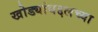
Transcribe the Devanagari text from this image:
खोड्यांबद्दलच्या